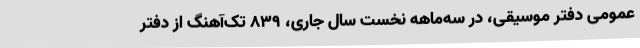
عمومی دفتر موسیقی، در سه‌ماهه نخست سال جاری، 839 تک‌آهنگ از دفتر